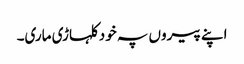
اپنے پیروں پہ خود کلہاڑی ماری۔